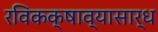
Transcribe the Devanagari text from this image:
रविकक्षाव्यासार्ध